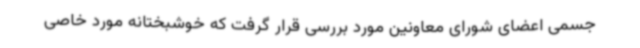
جسمی اعضای شورای معاونین مورد بررسی قرار گرفت که خوشبختانه مورد خاصی